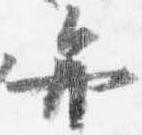
弁